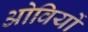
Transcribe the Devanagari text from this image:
ओवियों